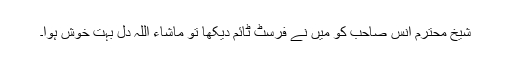
شیخ محترم انس صاحب کو میں نے فرسٹ ٹائم دیکھا تو ماشاء اللہ دل بہت خوش ہوا۔